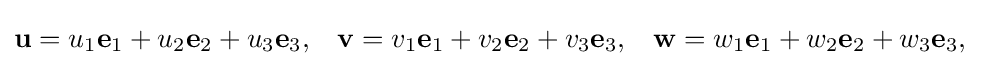
{\begin{aligned}\mathbf {u} &=u_{1}\mathbf {e} _{1}+u_{2}\mathbf {e} _{2}+u_{3}\mathbf {e} _{3},&\mathbf {v} &=v_{1}\mathbf {e} _{1}+v_{2}\mathbf {e} _{2}+v_{3}\mathbf {e} _{3},&\mathbf {w} &=w_{1}\mathbf {e} _{1}+w_{2}\mathbf {e} _{2}+w_{3}\mathbf {e} _{3},\end{aligned}}